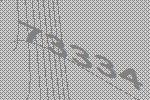
73334